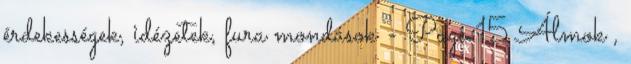
érdekességek, idézetek, fura mondások - Page 15 Álmok ,